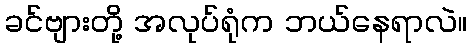
ခင်ဗျားတို့ အလုပ်ရုံက ဘယ်နေရာလဲ။